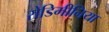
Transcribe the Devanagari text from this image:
रोडिमीनिया